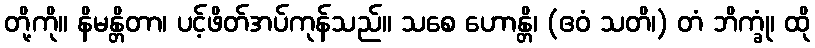
တို့ကို။ နိမန္တိတာ၊ ပင့်ဖိတ်အပ်ကုန်သည်။ သစေ ဟောန္တိ၊ (ဧဝံ သတိ၊) တံ ဘိက္ခုံ၊ ထို